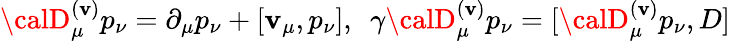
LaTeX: {\calD}_{\mu}^{(\mathbf{v})}p_{\nu}=\partial_{\mu}p_{\nu}+[\mathbf{v}_{\mu},p_{\nu}],\ \ \gamma{\calD}_{\mu}^{(\mathbf{v})}p_{\nu}=[{\calD}_{\mu}^{(\mathbf{v})}p_{\nu},D]